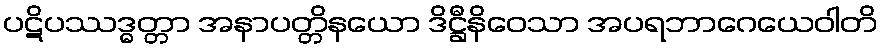
ပဋိပဿဒ္ဓတ္တာ အနာပတ္တိနယော ဒိဋ္ဌီနိဝေသာ အပရဘာဂေယေဝါတိ